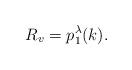
LaTeX: \begin{align*}R_v=p_1^{\lambda}(k).\end{align*}